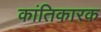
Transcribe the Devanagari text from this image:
कांतिकारक